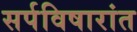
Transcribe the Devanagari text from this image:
सर्पविषारांत